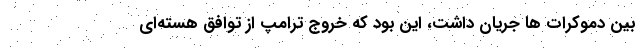
بین دموکرات ها جریان داشت، این بود که خروج ترامپ از توافق هسته‌ای